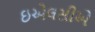
ઇએલસીએ